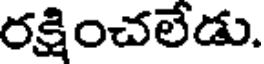
రక్షించలేడు.